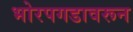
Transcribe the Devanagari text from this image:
भोरपगडावरून